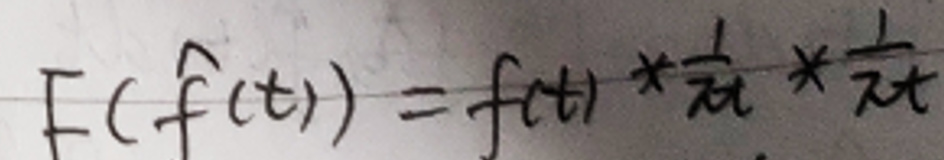
$F ( f ( t ) ) = f ( t ) * \frac { 1 } { \pi t } * \frac { 1 } { \pi t }$